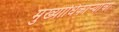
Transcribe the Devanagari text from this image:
मुख्याधिकार्‍यांचा